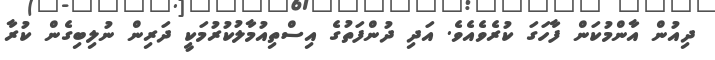
ދިއުން އާންމުކަން ފާހަގަ ކުރެވެއެވެ. އަދި ދުންފަތުގެ އިސްތިއުމާލުކުރުމަކީ ދަރިން ނުލިބިގެން ކުރާ